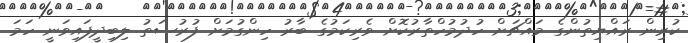
ކުރިން ރައްޔިތުންގެ މައްޗަށް ހުދުމުހްތާރުކޮށް ވެރިކަމުގެ ބާރު ހިންގުމަށް ފުރުސަތު ލިބިދީފައިވަނީ ހަމަ